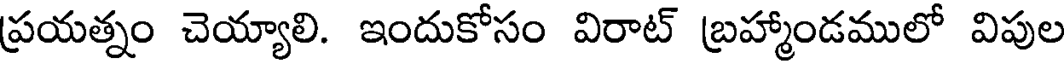
ప్రయత్నం చెయ్యాలి. ఇందుకోసం విరాట్ బ్రహ్మాండములో విపుల